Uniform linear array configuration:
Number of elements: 24
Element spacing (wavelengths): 1
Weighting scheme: cosine
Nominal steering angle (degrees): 30
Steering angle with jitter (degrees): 28.695
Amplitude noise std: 0.05
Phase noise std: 0.05

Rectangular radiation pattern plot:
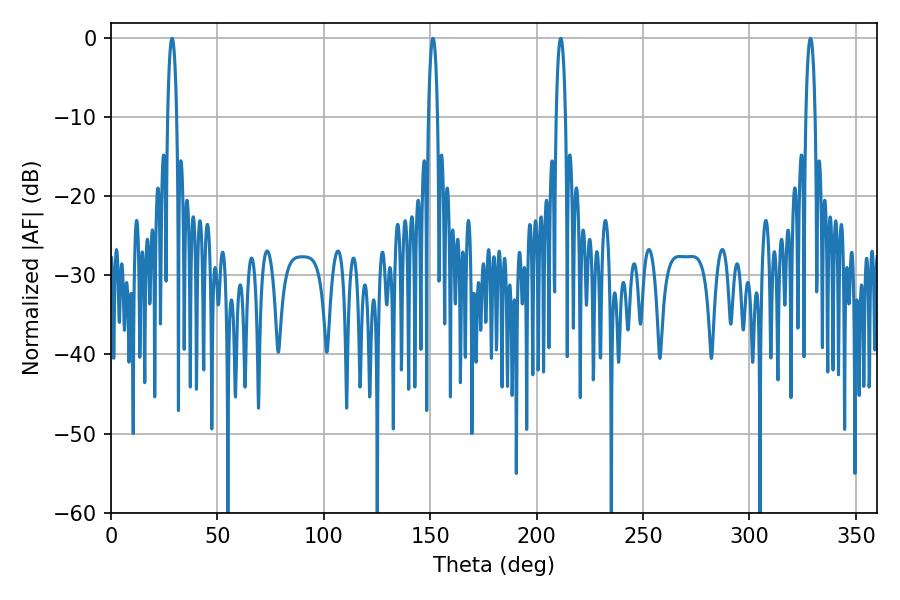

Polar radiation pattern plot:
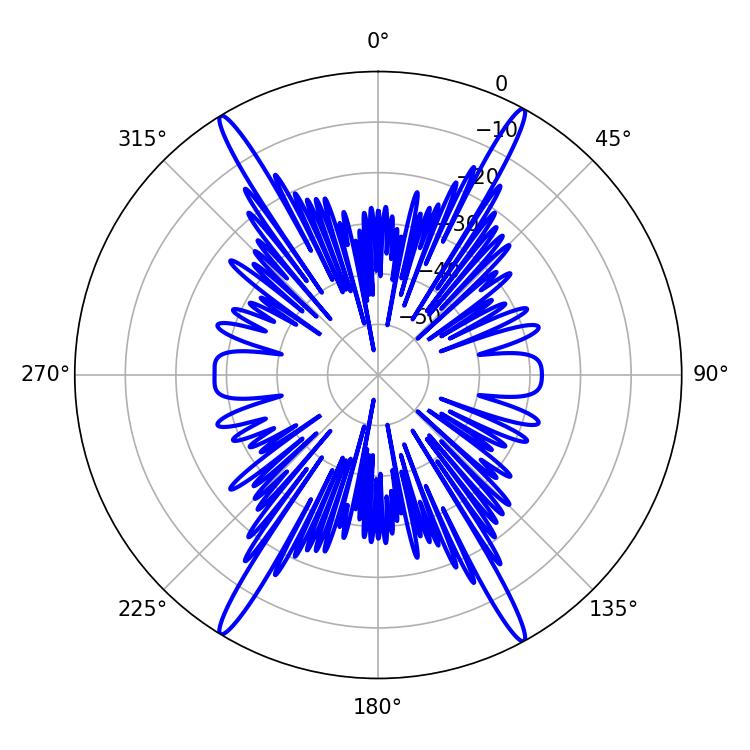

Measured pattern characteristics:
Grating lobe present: TRUE
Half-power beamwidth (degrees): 2.52
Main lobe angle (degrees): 211.32